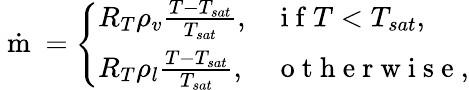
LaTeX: \dot{\mathrm{~m~}}=\left\{ \begin{array}{ll}{R_{T}\rho_{v}\frac{T-T_{sat}}{T_{sat}},}&{\mathrm{~i~f~}T<T_{sat},}\\ {R_{T}\rho_{l}\frac{T-T_{sat}}{T_{sat}},}&{\mathrm{~o~t~h~e~r~w~i~s~e~},}\end{array}\right.